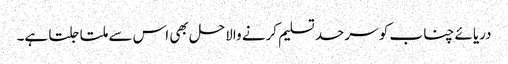
دریائے چناب کو سرحد تسلیم کرنے والاحل بھی اس سے ملتا جلتا ہے۔